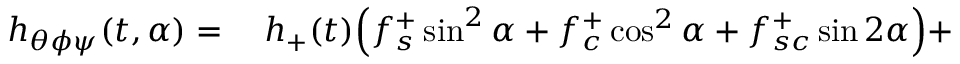
\begin{array} { r l } { h _ { \theta \phi \psi } ( t , \alpha ) = { } } & { { } h _ { + } ( t ) \Bigl ( f _ { s } ^ { + } \sin ^ { 2 } { \alpha } + f _ { c } ^ { + } \cos ^ { 2 } { \alpha } + f _ { s c } ^ { + } \sin { 2 \alpha } \Bigr ) + } \end{array}